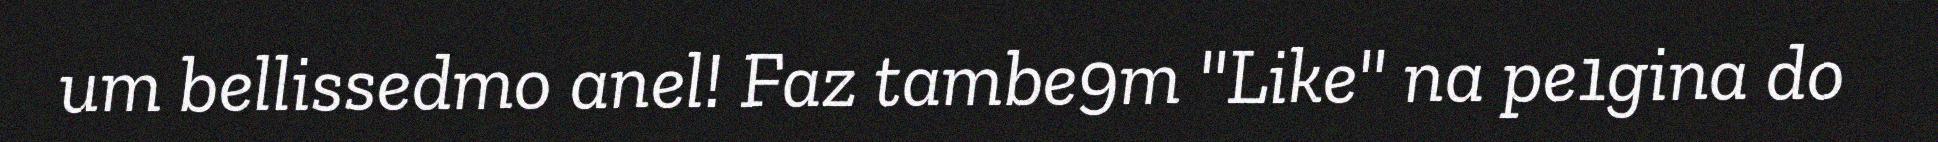
um bellissedmo anel! Faz tambe9m "Like" na pe1gina do